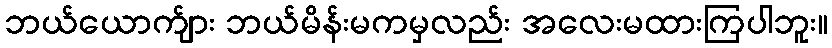
ဘယ်ယောက်ျား ဘယ်မိန်းမကမှလည်း အလေးမထားကြပါဘူး။